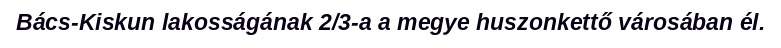
Bács-Kiskun lakosságának 2/3-a a megye huszonkettő városában él.